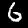
Label: 6